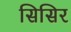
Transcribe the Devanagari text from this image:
सिसिर